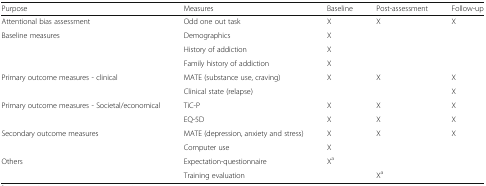
| Purpose | Measures | Baseline | Post-assessment | Follow-up |
 | --- | --- | --- | --- | --- |
 | Attentional bias assessment | Odd one out task | X | X | X |
 | <ROWSPAN=3> Baseline measures | Demographics | X |  |  |
 | History of addiction | X |  |  |
 | Family history of addiction | X |  |  |
 | <ROWSPAN=2> Primary outcome measures - clinical | MATE (substance use, craving) | X | X | X |
 | Clinical state (relapse) |  |  | X |
 | <ROWSPAN=2> Primary outcome measures - Societal/economical | TiC-P | X | X | X |
 | EQ-5D | X | X | X |
 | <ROWSPAN=2> Secondary outcome measures | MATE (depression, anxiety and stress) | X | X | X |
 | Computer use | X |  |  |
 | <ROWSPAN=2> Others | Expectation-questionnaire | Xa |  |  |
 | Training evaluation |  | Xa |  |